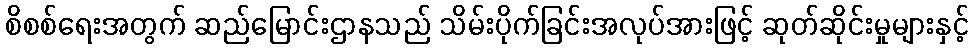
စိစစ်ရေးအတွက် ဆည်မြောင်းဌာနသည် သိမ်းပိုက်ခြင်းအလုပ်အားဖြင့် ဆုတ်ဆိုင်းမှုများနှင့်